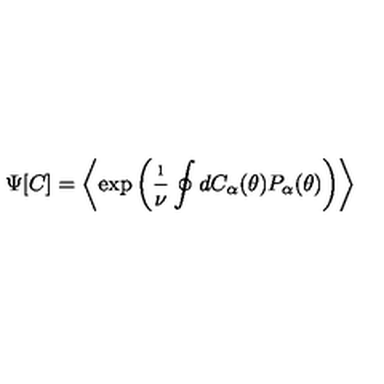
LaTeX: \Psi [ C ] = \left\langle \exp \left( \frac { \i } { \nu } \oint d C _ { \alpha } ( \theta ) P _ { \alpha } ( \theta ) \right) \right\rangle